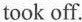
took off.